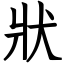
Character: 狀